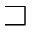
\sqsupset